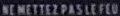
NEHETTEZPASLEFE